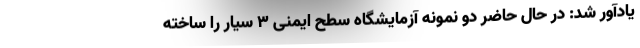
یادآور شد: در حال حاضر دو نمونه آزمایشگاه سطح ایمنی ۳ سیار را ساخته